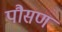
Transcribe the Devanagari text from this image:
पौसण